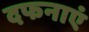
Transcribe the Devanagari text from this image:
दफनाएं